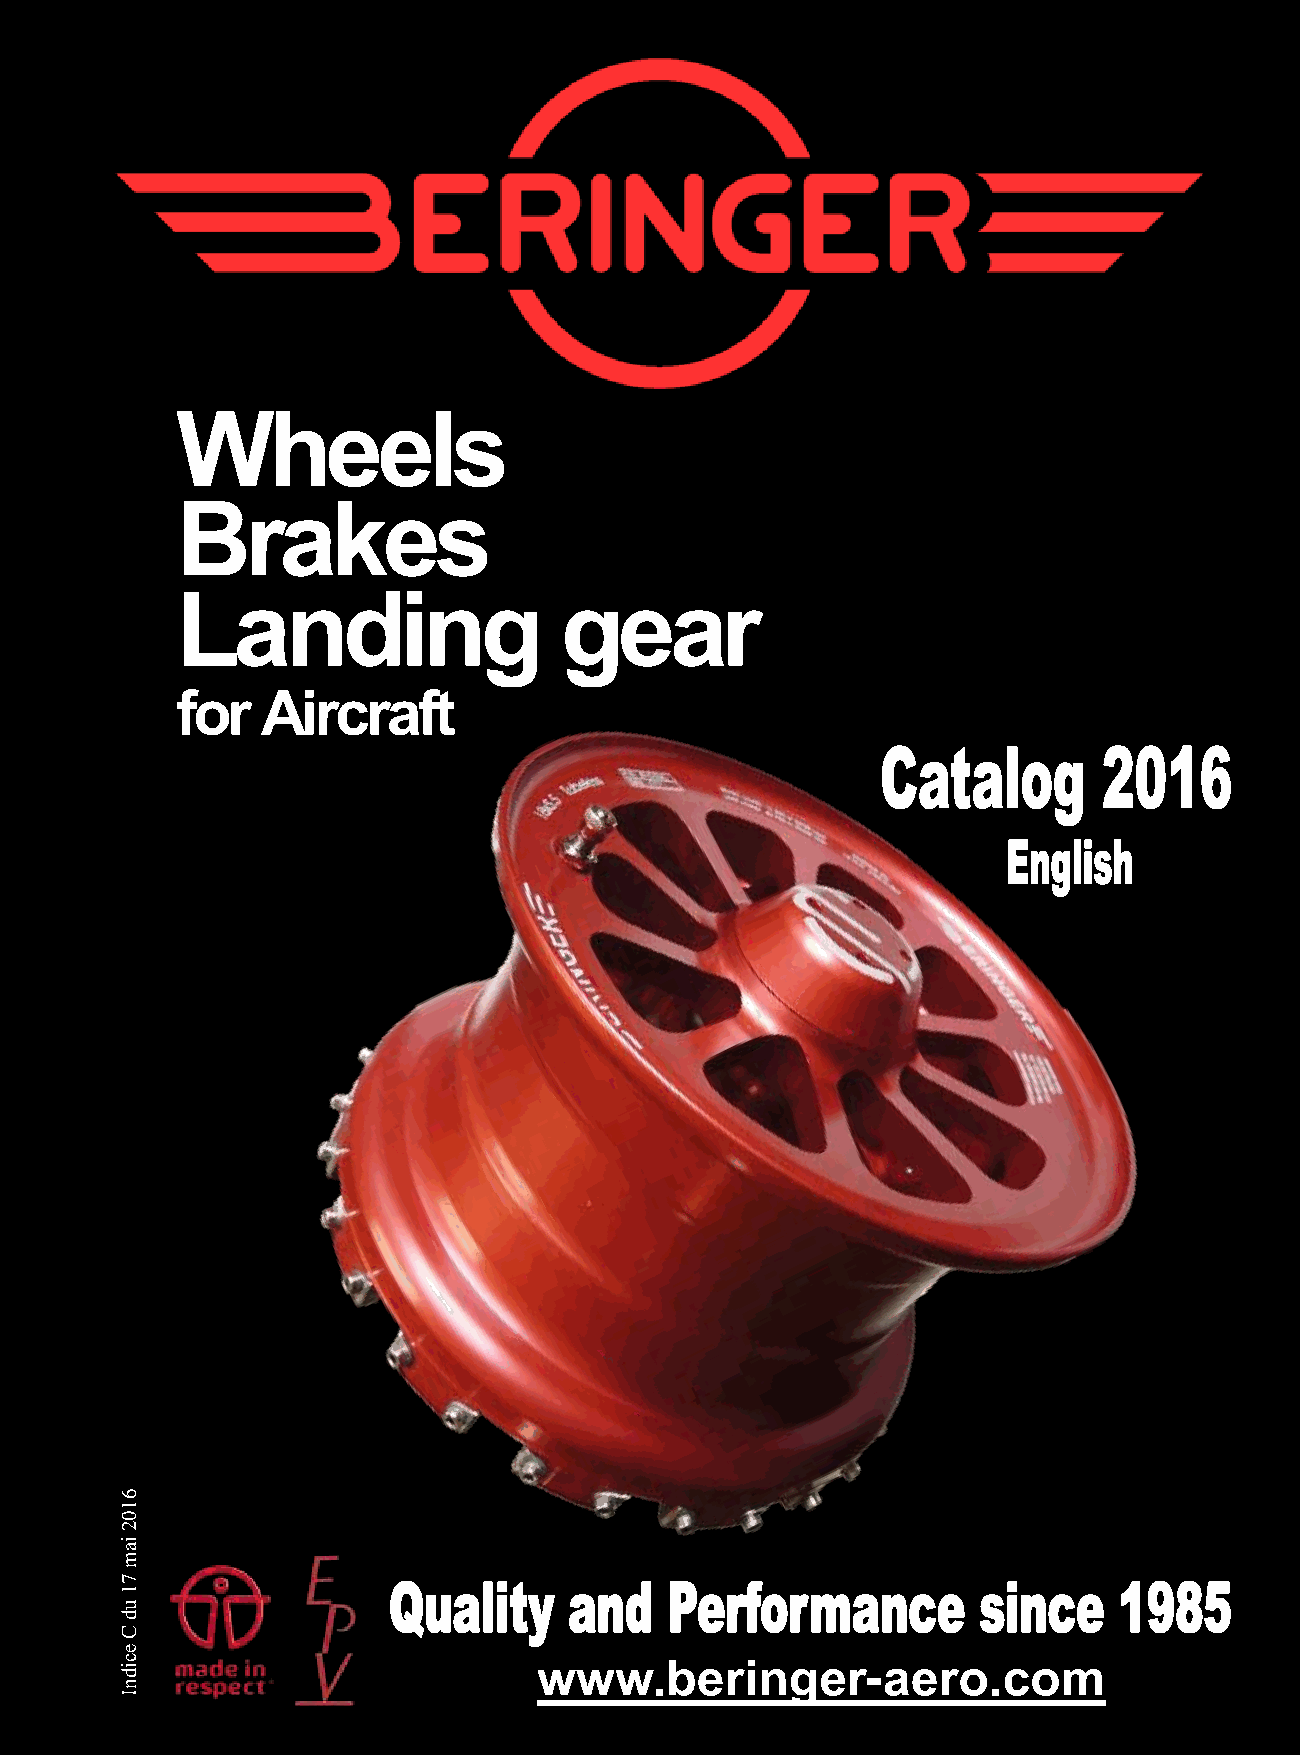
Wheels
 Brakes
 Landing                  gear
 for  Aircraft
 6
 1
 0
 2
 ia
 m
 7
 1
 u
 d
 C
 e
 c
 id
 www.beringer-aero.com
 n
 I